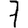
Digit: 7